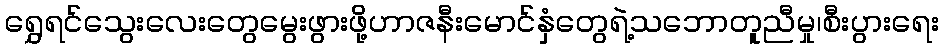
ရွှေရင်သွေးလေးတွေမွေးဖွားဖို့ဟာဇနီးမောင်နှံတွေရဲ့သဘောတူညီမှု၊စီးပွားရေး